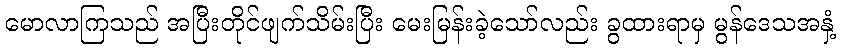
မောလာကြသည် အပြီးတိုင်ဖျက်သိမ်းပြီး မေးမြန်းခဲ့သော်လည်း ခွထားရာမှ မွန်ဒေသအနှံ့